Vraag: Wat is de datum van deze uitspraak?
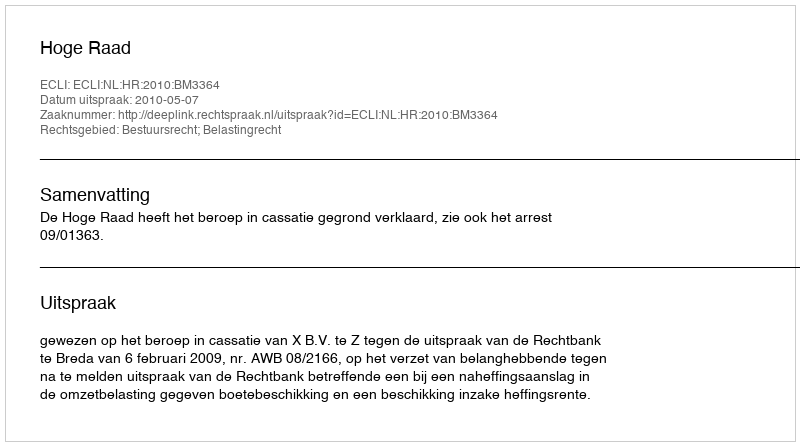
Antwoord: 2010-05-07